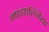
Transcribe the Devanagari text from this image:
माइएल्जिया